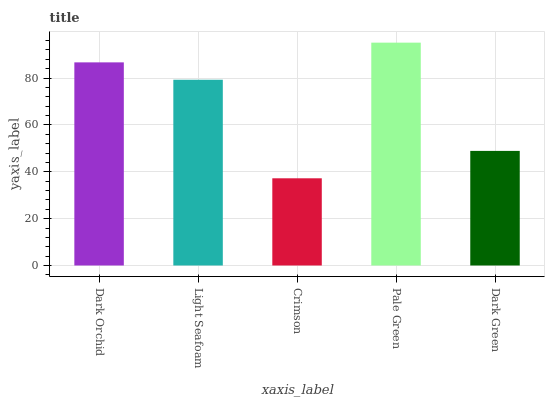
| xaxis_label | bars |
 | --- | --- |
 | Dark Orchid | 86.7 |
 | Light Seafoam | 79.3 |
 | Crimson | 37.2 |
 | Pale Green | 95.1 |
 | Dark Green | 48.9 |